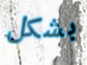
بشكل